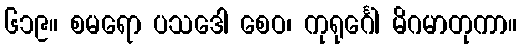
၆၁၉။ စမရော ပသဒေါ စေဝ၊ ကုရုင်္ဂေါ မိဂမာတုကာ။